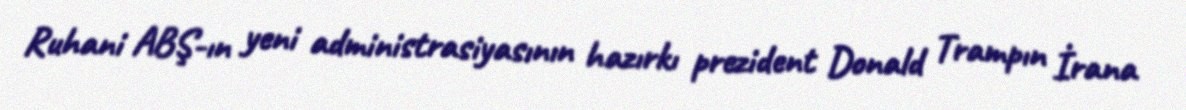
Ruhani ABŞ-ın yeni administrasiyasının hazırkı prezident Donald Trampın İrana